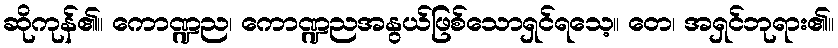
ဆိုကုန်၏။ ကောဏ္ဍည၊ ကောဏ္ဍညအနွယ်ဖြစ်သောရှင်ရသေ့။ တေ၊ အရှင်ဘုရား၏။